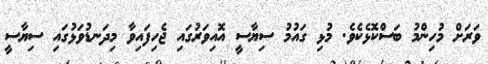
ވަރަށް މުހިންމު ބަސްކޮޅެކެވެ. މުޅި ގައުމު ސިޔާސީ އޮއިވަރުގައި ޖެހިފައިވާ މިދަނޑުވަޅުގައި ސިޔާސީ